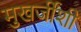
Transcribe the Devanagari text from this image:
मुखर्जींशी